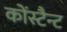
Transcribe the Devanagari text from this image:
कोंस्टैन्ट